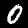
Label: 0